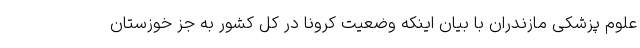
علوم پزشکی مازندران با بیان اینکه وضعیت کرونا در کل کشور به جز خوزستان